Scottish Certificate of Education, 1962
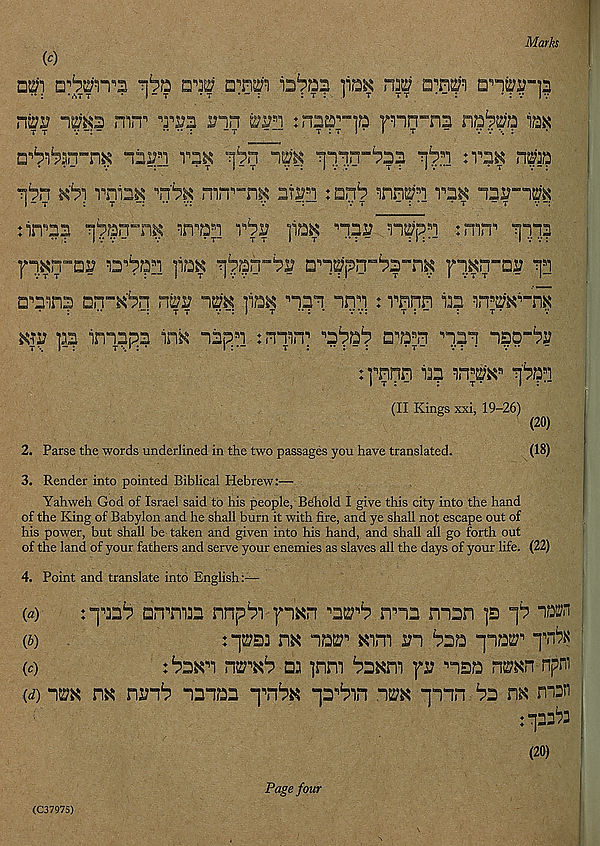
Marks
00
n'nuj'i 12^? ]i?2K niti
an^-p
twv ims mn n to?
:na^”]p fnn-na
i?3K
□^^arrn^ nnp r?^
np ^^-^5
n^ np?
?[bn
rninK
nin^n^ at^i: anb innpi ran
tiiTOa T[^n”n^ inw vbv ]ia^ np? n^p s i jmn 1
fi^n'”a?
]i?3^
an^prr^a^^
^
□•’aina an-^Sn rro
]ia« •’la'i nn^i: rnnn in nw-nx
KTi? pp imapja ink n?|h tnnin;
a^;ri
n^o-^s?
:] e, nnn ip : iiT^s fro
(II Kings xxi, 19-26)
(20)
2. Parse the words underlined in the two passages you have translated.
(18)
3. Render into pointed Biblical Hebrew:—
Yahweh God of Israel said to his people, Behold I give this city into the hand
of the King of Babylon and he shall burn it with fire, and ye shall not escape out of
his power, but shall be taken and given into his hand, and shall all go forth out
of the land of your fathers and serve your enemies as slaves all the days of your life. (22)
4. Point and translate into English:—
(«)
: y:::^ □rrmn nnp^i •pan
mn nisn p p ■»
(b)
m im' am xn bs®
yrix
(c)
r\wxb m pm bmni
msa nmn npm
(d) -\m nx nuib nanan ynbx -p^in im "jTin bs m msn
:”]33i>3
(20)
(C37975)
Page four